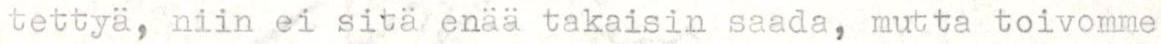
tettyä, niin ei sitä enää takaisin saada, mutta toivomme